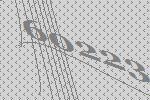
60223